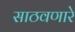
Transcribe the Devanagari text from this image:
साठवणारे